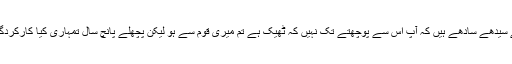
آپ اتنے سیدھے سادھے ہیں کہ آپ اس سے پوچھتے تک نہیں کہ ٹھیک ہے تم میری قوم سے ہو لیکن پچھلے پانچ سال تمہاری کیا کارکردگی رہی؟